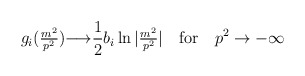
\begin{align*}g_i(\hbox{$m^2 \over p^2$}) {\longrightarrow} \frac 12 b_i \ln|\hbox{$m^2 \over p^2$}| \quad \hbox{for} \quad p^2 \to -\infty\end{align*}